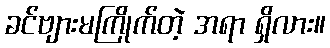
ခင်ဗျားမကြိုက်တဲ့ အရာ ရှိလား။